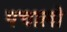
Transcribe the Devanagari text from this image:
पचालो